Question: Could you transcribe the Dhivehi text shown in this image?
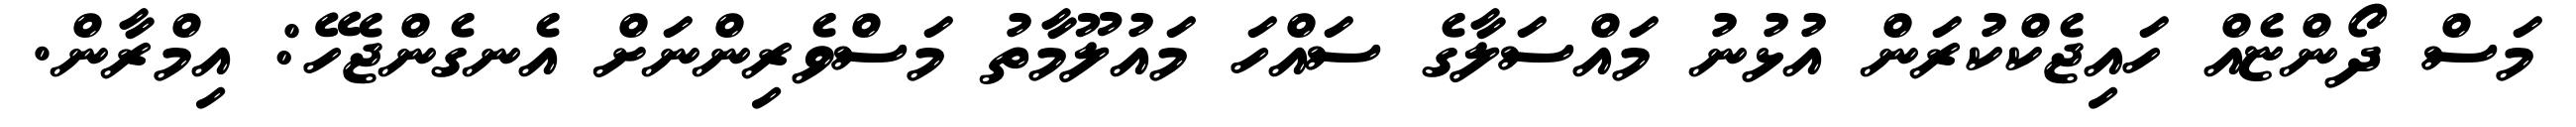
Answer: މަސް ދޯންޏެއް ހައިޖެކްކުރަން އުޅުނު މައްސަލާގެ ސައްހަ މައުލޫމާތު މަސްވެރިންނަށް އެނގެންޖެހޭ: އިމްރާން.